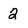
Character: 2